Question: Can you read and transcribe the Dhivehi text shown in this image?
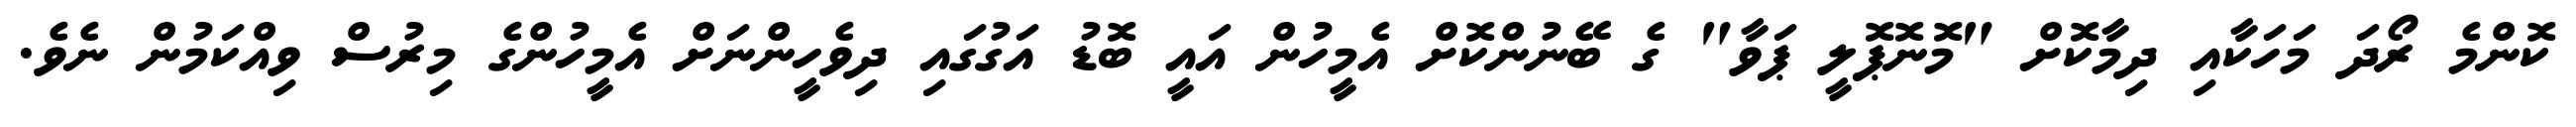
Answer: ކޮންމެ ރޯދަ މަހަކާއި ދިމާކޮށް "މޮނޮޕޮލީ ޕަވާ" ގެ ބޭނުންކޮށް އެމީހުން އައީ ބޮޑު އަގުގައި ދިވެހީންނަށް އެމީހުންގެ މިރުސް ވިއްކަމުން ނެވެ.